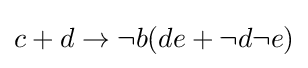
{\textstyle c+d\rightarrow \neg b(de+\neg d\neg e)}